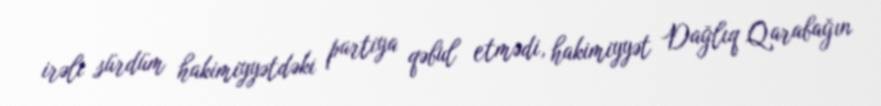
irəli sürdüm hakimiyyətdəki partiya qəbul etmədi, hakimiyyət Dağlıq Qarabağın